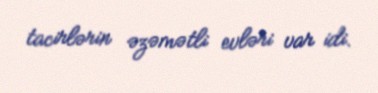
tacirlərin əzəmətli evləri var idi.